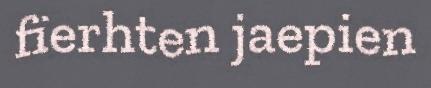
fïerhten jaepien